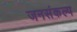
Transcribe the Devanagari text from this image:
जनसंकल्प